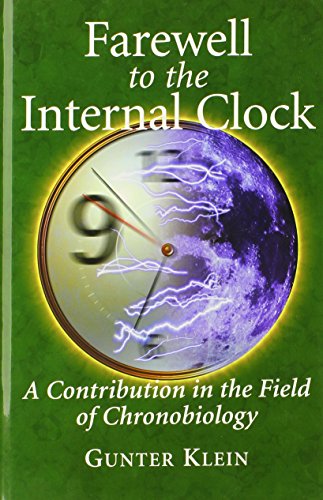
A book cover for Farewell to the Internal Clock: A contribution in the field of chronobiology; Gunter Klein; Medical Books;